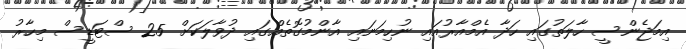
އިމަޖެންސީ ހާލަތުގައި ހަދާ އެމްއާރުއައި ނުހިމަނައި އާންމުގޮތެއްގައި ދުވާލަކަށް 25 ސްޓަޑީސް މިހާރު